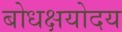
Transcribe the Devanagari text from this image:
बोधक्षयोदय